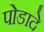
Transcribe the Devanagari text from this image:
पोडादे